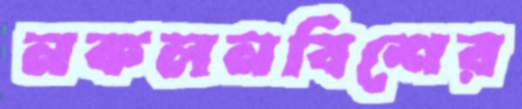
নকলনবিশের